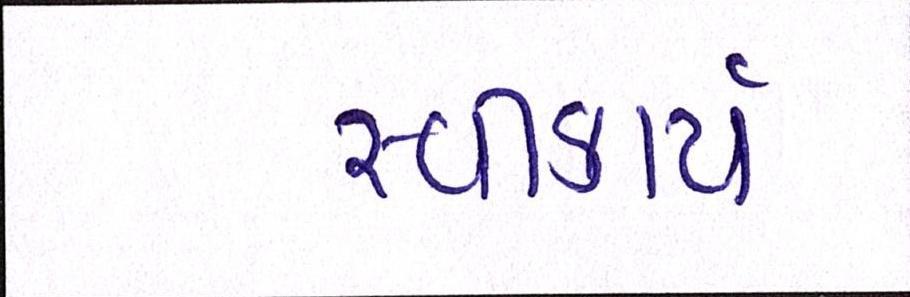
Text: સ્વીકાર્ય